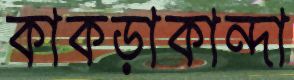
কাকড়াকান্দা